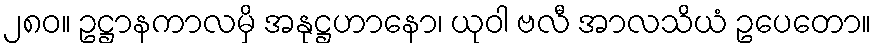
၂၈၀။ ဥဋ္ဌာနကာလမှိ အနုဋ္ဌဟာနော၊ ယုဝါ ဗလီ အာလသိယံ ဥပေတော။